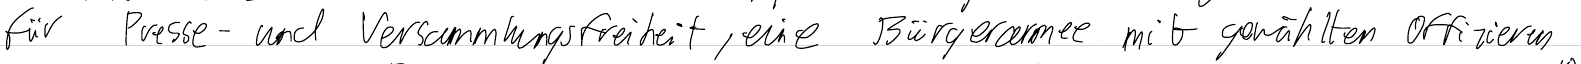
für Presse- und Versammlungsfreiheit, eine Bürgerarmee mit gewählten Offizieren